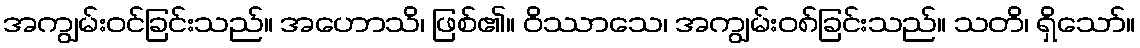
အကျွမ်းဝင်ခြင်းသည်။ အဟောသိ၊ ဖြစ်၏။ ဝိဿာသေ၊ အကျွမ်းဝ၈်ခြင်းသည်။ သတိ၊ ရှိသော်။